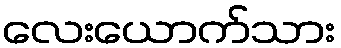
လေးယောက်သား